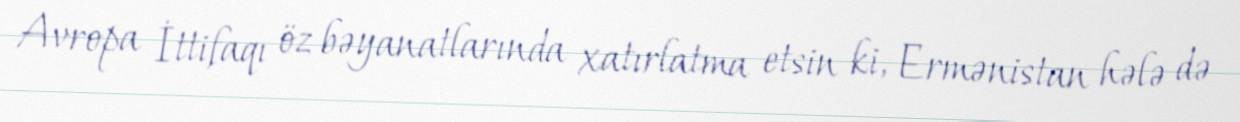
Avropa İttifaqı öz bəyanatlarında xatırlatma etsin ki, Ermənistan hələ də